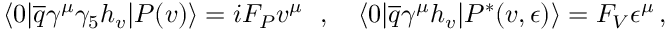
\langle 0 | \overline { { { q } } } \gamma ^ { \mu } \gamma _ { 5 } h _ { v } | P ( v ) \rangle = i F _ { P } v ^ { \mu } ~ ~ , ~ ~ ~ \langle 0 | \overline { { { q } } } \gamma ^ { \mu } h _ { v } | P ^ { * } ( v , \epsilon ) \rangle = F _ { V } \epsilon ^ { \mu } \, ,